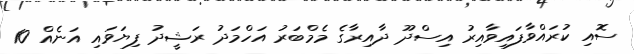
ސޮއި ކުރައްވާފައިވާއިރު އިސްދޫ ދާއިރާގެ މެމްބަރު އަހްމަދު ރަޝީދު ފިޔަވައި އަނެއް 10